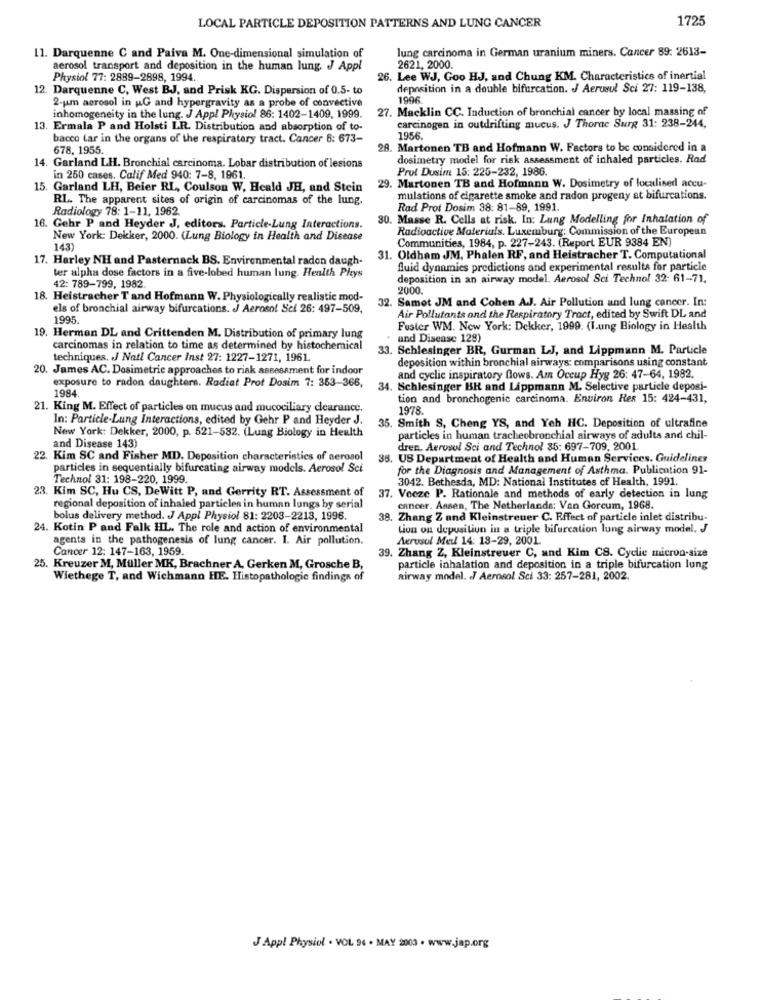
1725
LOCAL PARTICLE DEPOSITION PATTERNS AND LUNG CANCER
lung carcinoma in German uranium miners. Cancer 89: 2613-
11. Darquenne C and Paiva M. One-dimensional simulation of
aerosol transport and deposition in the human lung. J Appl
2621, 2000.
Physiol 77: 2889-2898, 1994.
26. Lee WJ, Goo HJ, and Chung KM. Characteristics of inertial
12. Darquenne C, West BJ, and Prisk KG. Dispersion of 0.5- to
deposition in a double bifurcation. J Aerosol Sci 27: 119-138,
2-um aerosol in G and hypergravity as a probe of convective
1996.
27. Macklin CC. Induction of bronchial cancer by local massing of
inhomogeneity in the lung. J Appl Physiol 86: 1402-1409, 1999.
13. Ermala P and Holsti LR. Distribution and absorption of to-
carcinogen in outdrifting mucus. J Thorac Surg 31: 238-244,
bacco lar in the organs of the respiratory tract. Cancer 8: 673-
1956
678, 1955.
28. Martonen TB and Hofmann W. Factors to be considered in a
dosimetry model for risk assessment of inhaled particles. Rad
14. Garland LH. Bronchial carcinoma. Lobar distribution of lesions
Prut Dusim 15: 225-232, 1986.
in 250 cases. Calif Med 940: 7-8, 1961.
15. Garland LH, Beier RI, Coulson W, Heald JH, and Stein
29. Martonen TB and Hofmann W. Dosimetry of localised accu-
RL. The apparent sites of origin of carcinomas of the lung.
mulations of cigarette smoke and radon progeny at bifurcations.
Radiology 78: 1-11, 1962.
Rad Prot Dosim 38: 81-89, 1991.
30. Masse R. Cells at risk. In: Lung Modelling for Inhalation of
16. Gehr P and Heyder J, editors. Particle-Lung Interactions.
Radioactive Materials. Luxemburg: Commission of the European
New York: Dekker, 2000. (Lung Biology in Health and Disease
Communities, 1984, p. 227-243. (Report EUR 9384 EN)
143)
17. Harley NH and Pasternack BS. Environmental radon daugh-
31. Oldham JM, Phalen RF, and Heistracher T. Computational
fluid dynamics predictions and experimental results for particle
ter alpha dose factors in a five-lobed human lung. Health Phys
deposition in an airway model. Aerosol Sci Techno! 32: 61-71.
42: 789-799, 1982.
2000.
18. Heistracher T and Hofmann W. Physiologically realistic mod-
32. Samot JM and Cohen A.J. Air Pollution and lung cancer. In:
els of bronchial airway bifurcations. J Aerosol Sci 26: 497-509,
1995.
Air Pollutants and the Respiratory Tract, edited by Swift DL and
Fuster WM. New York: Dekker, 1999. (I.ung Biology in Health
19. Herman DL and Crittenden M. Distribution of primary lung
and Disease 128)
carcinomas in relation to time as determined by histochemical
33. Schlesinger BR, Gurman LJ, and Lippmann M. Particle
techniques. J Natl Cancer Inst 27: 1227-1271, 1961.
deposition within bronchial airways: comparisons using constant
20. James AC. Dosimetric approaches to risk assessment for indoor
and cyclic inspiratory flows. Am Occup Hyg 26: 47-64, 1982.
exposure to radon daughters. Radiat Prot Dosim 7: 353-366,
1984.
34. Schlesinger BR and Lippmann M. Selective particle deposi-
tion and bronchogenic carcinoma. Environ Res 15: 424-431,
21. King M. Effect of particles on mucus and mucociliary clearance.
1978
In: Particle-Lung Interactions, edited by Gehr P and Heyder J.
New York: Dekker, 2000, p. 521-532. (Lung Biology in Health
35. Smith S, Cheng YS, and Yeh HC. Deposition of ultrafine
particles in human tracheobronchial airways of adults and chil-
and Disease 143)
dren. Aerosol Sci and Technol 35: 697-709, 2001.
22. Kim SC and Fisher MD. Deposition characteristics of aerosol
38. US Department of Health and Human Services. Guidelines
particles in sequentially bifurcating airway models. Aerosol Sci
for the Diagnosis and Management of Asthma. Publication 91-
Technol 31: 198-220, 1999.
3042. Bethesda, MD: National Institutes of Health, 1991.
23. Kim SC, Hu CS, DeWitt P, and Gerrity RT. Assessment of
37. Vecze P. Rationale and methods of early detection in lung
regional deposition of inhaled particles in human lungs by serial
cancer. Aasen, The Netherlands: Van Gorcum, 1968.
bolus delivery method. J Appl Physiol 81: 2203-2213, 1996.
38. Zhang Z and Kleinstreuer C. Effect of particle inlet distribu-
24. Kotin P and Falk HL. The role and action of environmental
Lion on depusitiun in a triple bifurcation lung airway model. J
agents in the pathogenesis of lung cancer. I. Air pollution.
Acrusol Meul 14: 18-29, 2001.
Cancer 12: 147-163, 1959.
39. Zhang Z, Kleinstreuer C, and Kim CS. Cyclic micron-size
25. Kreuzer M, Müller MK, Brachner A, Gerken M, Grosche B,
particle inhalation and deposition in a triple bifurcation lung
Wiethege T, and Wichmann HE. Histopathologic findings of
airway model. J Aerosol Sci 33: 257-281, 2002.
J Appl Physiol . VOL 96 . MAY 2003 . www.jap.org